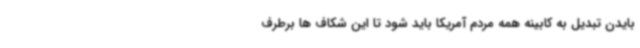
بایدن تبدیل به کابینه همه مردم آمریکا باید شود تا این شکاف ها برطرف